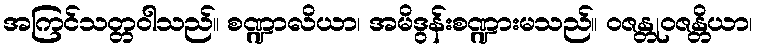
အကြင်သတ္တဝါသည်။ စဏ္ဍာလိယာ၊ အမိဒွန်းစဏ္ဍားမသည်။ ဝဇန္တုဝဇန္တိယာ၊